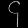
Digit: ၄